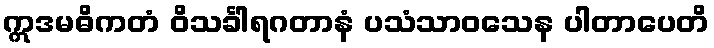
ဣဒမဓိကတံ ဝိသင်္ခါရဂတာနံ ပသံသာဝသေန ပါတာပေတိ